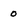
Character: o